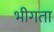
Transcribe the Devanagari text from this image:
भीगता